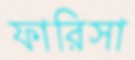
ফারিসা